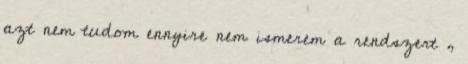
azt nem tudom ennyire nem ismerem a rendszert ,